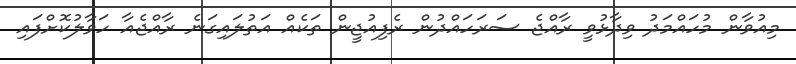
މިއުވާން މުހައްމަދު ވިދާޅުވީ ރާއްޖެ ސަރަހައްދުން ރެފިއުޖީން ތަކެއް އަތުލައިގަނެ ރާއްޖެއާ ހަވާލުކޮށްފައި